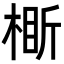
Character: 𬃞